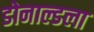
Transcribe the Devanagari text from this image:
डोनाल्डला